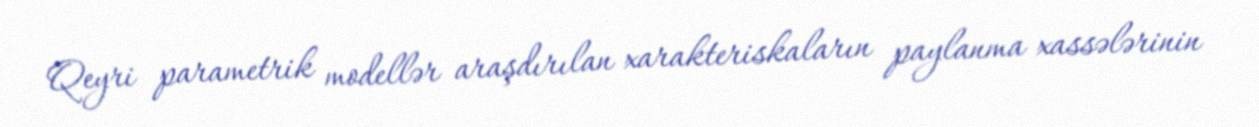
Qeyri parametrik modellər araşdırılan xarakteriskaların paylanma xassələrinin